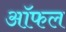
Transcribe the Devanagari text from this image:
ऑफल